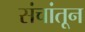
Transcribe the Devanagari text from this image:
संचांतून